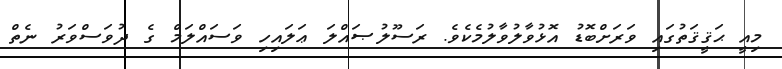
މިއީ ޙަޤީޤަތުގައި ވަރަށްބޮޑު އޮޅުވާލުވާލުމެކެވެ. ރަސޫލުޞައްލަ ޢަލައިހި ވަސައްލަމް ގެ ދުވަސްވަރު ނެތް